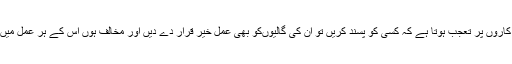
ہمیں تو ایسے قلم کاروں پر تعجب ہوتا ہے کہ کسی کو پسند کریں تو ان کی گالیوںکو بھی عمل خیر قرار دے دیں اور مخالف ہوں اس کے ہر عمل میں کیڑے نکال دیں۔